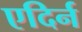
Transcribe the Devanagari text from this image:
एदिर्न